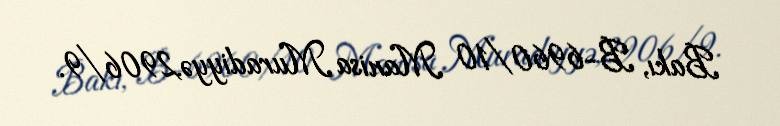
Bakı, B-6960/10 Manisa Muradiyyə,2906/9.